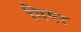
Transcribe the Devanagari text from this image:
गिएर